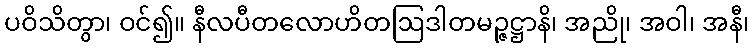
ပဝိသိတွာ၊ ဝင်၍။ နီလပီတလောဟိတဩဒါတမဉ္ဇဋ္ဌာနိ၊ အညို၊ အဝါ၊ အနီ၊